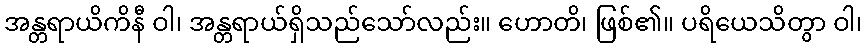
အန္တရာယိကိနီ ဝါ၊ အန္တရာယ်ရှိသည်သော်လည်း။ ဟောတိ၊ ဖြစ်၏။ ပရိယေသိတွာ ဝါ၊